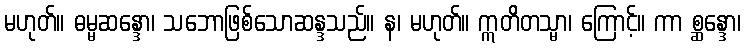
မဟုတ်။ ဓမ္မဆန္ဒော၊ သဘောဖြစ်သောဆန္ဒသည်။ န၊ မဟုတ်။ ဣတိတသ္မာ၊ ကြောင့်။ ကာ စ္ဆန္ဒော၊